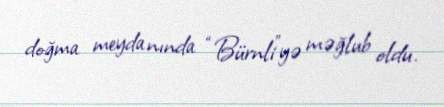
doğma meydanında “Bürnli”yə məğlub oldu.